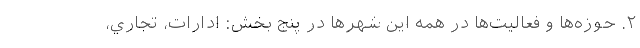
۲. حوزه‌ها و فعالیت‌ها در همه این شهرها در پنج بخش: ادارات، تجاري،